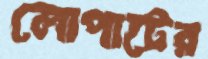
লোপাটের